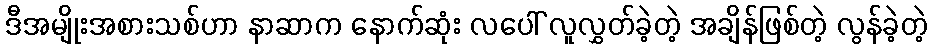
ဒီအမျိုးအစားသစ်ဟာ နာဆာက နောက်ဆုံး လပေါ် လူလွှတ်ခဲ့တဲ့ အချိန်ဖြစ်တဲ့ လွန်ခဲ့တဲ့